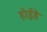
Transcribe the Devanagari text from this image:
होईहे